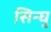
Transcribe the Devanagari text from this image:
सिन्घु